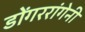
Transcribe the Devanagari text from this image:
डोंगररांगेनी